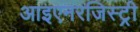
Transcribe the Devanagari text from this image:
आइएनरजिस्ट्री